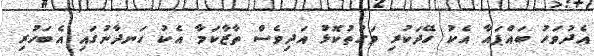
އެދުވަހު ބައްޕައާ އެކު ހޭދަކުރި ވަގުތުކޮޅު އަދިވެސް ތާޒާކަމާ އެކު ހަނދާނުގައި އެބަހުރި